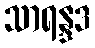
သာရန္ဒဒ